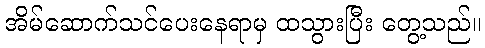
အိမ်ဆောက်သင်ပေးနေရာမှ ထသွားပြီး တွေ့သည်။